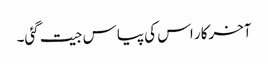
آخرکار اس کی پیاس جیت گئی۔